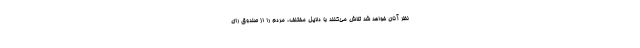
نظر آنان خواهد شد تلاش می‌کنند با دلایل مختلف، مردم را از صندوق رای